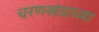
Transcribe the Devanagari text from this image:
चरणखंडाच्या